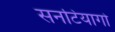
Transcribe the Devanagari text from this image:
सनटियागो